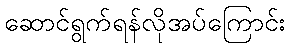
ဆောင်ရွက်ရန်လိုအပ်ကြောင်း